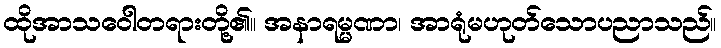
ထိုအာသဝေါတရားတို့၏။ အနာရမ္မဏာ၊ အာရုံမဟုတ်သောပညာသည်။